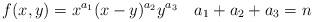
LaTeX: \begin{align*}f(x,y)=x^{a_1}(x-y)^{a_2}y^{a_3} \ \ \ a_1+a_2+a_3=n\end{align*}